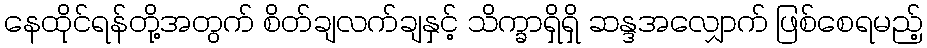
နေထိုင်ရန်တို့အတွက် စိတ်ချလက်ချနှင့် သိက္ခာရှိရှိ ဆန္ဒအလျှောက် ဖြစ်စေရမည့်